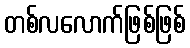
တစ်လလောက်ဖြစ်ဖြစ်